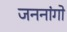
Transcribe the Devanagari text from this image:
जननांगो